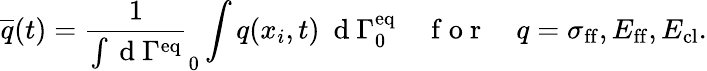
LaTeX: \overline{{q}}(t)=\frac{1}{\int\mathrm{~d~}\Gamma^{\mathrm{eq}}}_{0}\int q(x_{i},t)\ \mathrm{~d~}\Gamma_{0}^{\mathrm{eq}}\quad\mathrm{~f~o~r~}\quad q=\sigma_{\mathrm{ff}},E_{\mathrm{ff}},E_{\mathrm{cl}}.